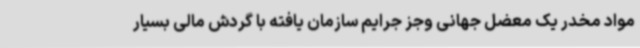
مواد مخدر یک معضل جهانی وجز جرایم سازمان یافته با گردش مالی بسیار